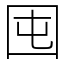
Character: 囤